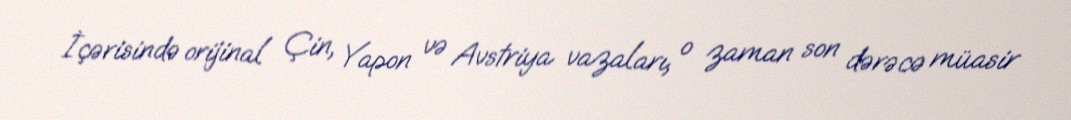
İçərisində orijinal Çin, Yapon və Avstriya vazaları, o zaman son dərəcə müasir